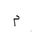
Letter: _mim